Leprosy in India: report of the Leprosy Commission in India, 1890-91
Year: 1890
Disease focus: Leprosy
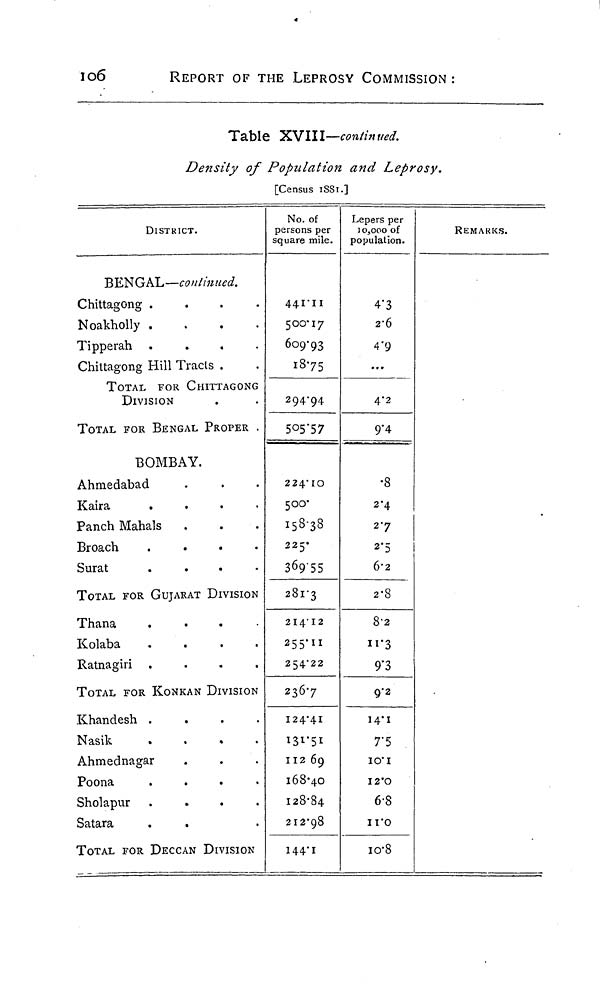
106
REPORT OF THE LEPROSY COMMISSION :
Table XVIII—continued.
Density of Population and Leprosy.
[Census ISSI.]
DISTRICT.
BENGAL—continued.
Chittagong
.
.
.
.
Noakholly
.
.
.
.
Tipperah
.
.
.
.
Chittagong Hill Tracts .
TOTAL FOR CHITTAGONG
DIVISION
TOTAL FOR BENGAL PROPER .
BOMBAY.
Ahmedabad
Kaira
.
.
.
.
Panch Mahals
Broach
.
.
.
.
Surat
.
TOTAL FOR GUJARAT DIVISION
T h a n a
.
.
.
.
K o l a b a
.
.
.
.
R a t n a g i r i
.
.
.
.
TOTAL FOR KONKAN DIVISION
K h a n d e s h
.
.
.
.
N a s i k
.
.
.
.
A h m e d n a g a r
P o o n a
.
.
.
.
S h o l a p u r
.
.
.
.
Satara
TOTAL FOR DECCAN DIVISION
No. of
persons per
square mile.
44I'II
50017
609·93
18·75
294·94
505·57
224·10
500·
158·38
225·
369·55
281·3
2I4I2
255·11
254·22
236·7
124·41
131·51
112 69
168·40
I28·84
212·98
144·1
Lepers per
10,000 of
population.
4·3
2·6
4·9
...
4·2
9·4
•8
2·4
2·7
2·5
6·2
2·8
8·2
11·3
9·3
9·2
14·1
7·5
10·1
12·0
6·8
11·0
10·8
REMARKS.